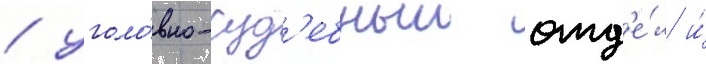
/ уголо́вно-суд'ебныи отд'е́л и́